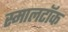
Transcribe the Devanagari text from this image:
स्मालटॉक